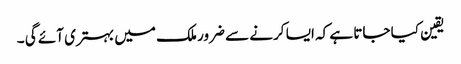
یقین کیا جاتا ہے کہ ایسا کرنے سے ضرور ملک میں بہتری آئے گی ۔